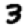
Digit: 3